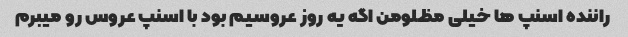
راننده اسنپ ها خیلی مظلومن اگه یه روز عروسیم بود با اسنپ عروس رو میبرم